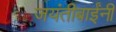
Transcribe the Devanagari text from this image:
जयंतीबाईंनी